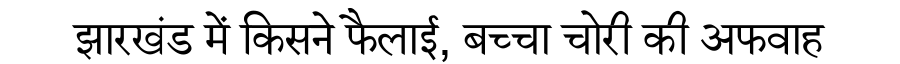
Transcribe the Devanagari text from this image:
झारखंड में किसने फैलाई, बच्चा चोरी की अफवाह